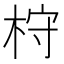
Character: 𣑋